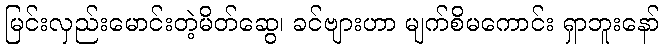
မြင်းလှည်းမောင်းတဲ့မိတ်ဆွေ၊ ခင်ဗျားဟာ မျက်စိမကောင်း ရှာဘူးနော်